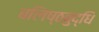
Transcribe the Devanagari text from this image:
बलिष्ठबुद्धि